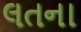
લતના